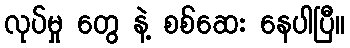
လုပ်မှု တွေ နဲ့ စစ်ဆေး နေပါပြီ။